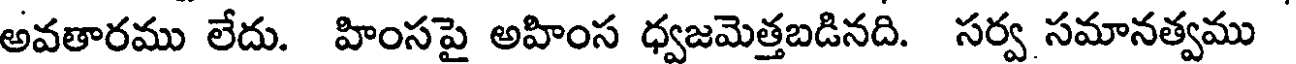
అవతారము లేదు. హింసపై అహింస ధ్వజమెత్తబడినది. సర్వ సమానత్వము